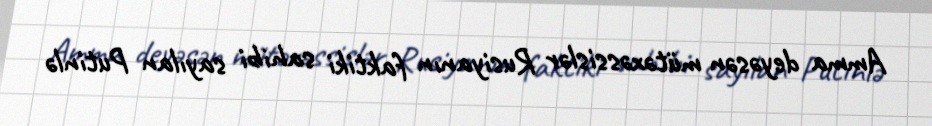
Amma deyəsən mütəxəssislər Rusiyanın faktiki sahibi sayılan Putinlə